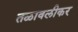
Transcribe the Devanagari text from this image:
तळावलीकर